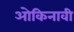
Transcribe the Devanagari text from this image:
ओकिनावी